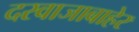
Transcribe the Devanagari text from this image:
दरवाजाबाहेर